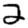
Digit: 2